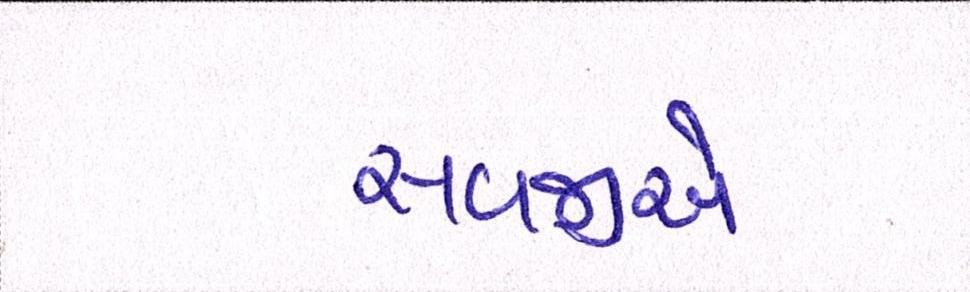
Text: સવજીએ